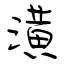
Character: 潢